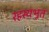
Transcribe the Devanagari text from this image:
रहस्यभूत